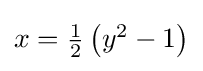
{\textstyle x={\tfrac {1}{2}}\left(y^{2}-1\right)}